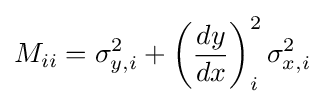
M_{ii}=\sigma _{y,i}^{2}+\left({\frac {dy}{dx}}\right)_{i}^{2}\sigma _{x,i}^{2}